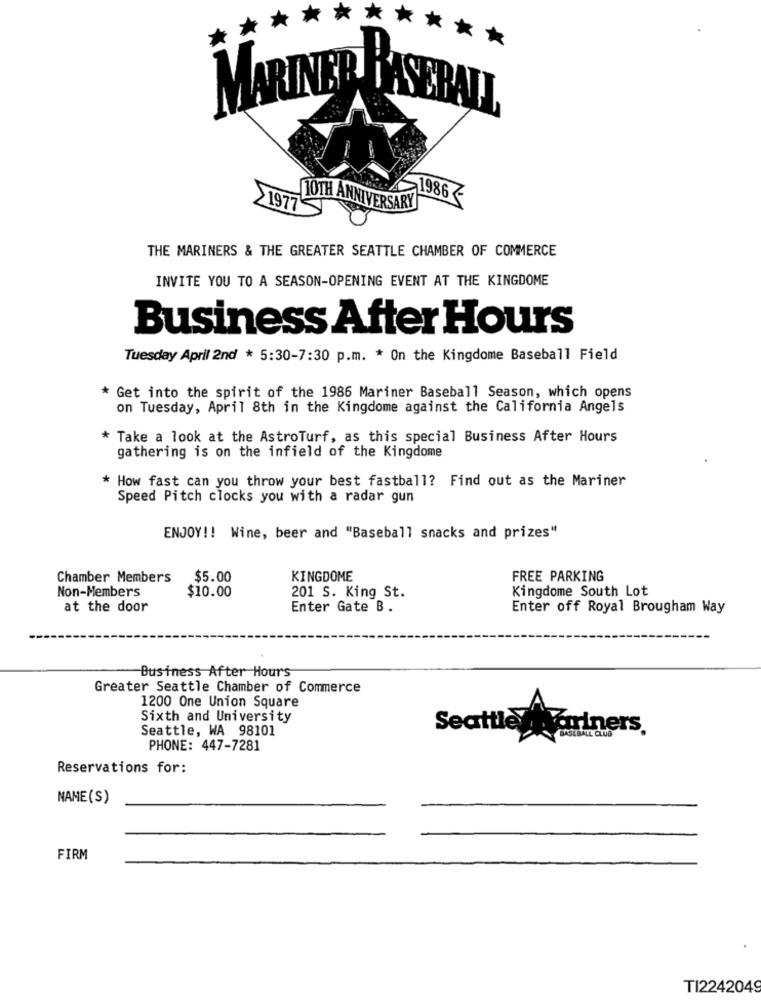
*
*
MARINER FASERALL
1986
1977
10TH ANNIVERSARY
THE MARINERS & THE GREATER SEATTLE CHAMBER OF COMMERCE
INVITE YOU TO A SEASON-OPENING EVENT AT THE KINGDOME
Business After Hours
Tuesday April 2nd * 5:30-7:30 p.m. * On the Kingdome Baseball Field
* Get into the spirit of the 1986 Mariner Baseball Season, which opens
on Tuesday, April 8th in the Kingdome against the California Angels
* Take a look at the AstroTurf, as this special Business After Hours
gathering is on the infield of the Kingdome
* How fast can you throw your best fastball? Find out as the Mariner
Speed Pitch clocks you with a radar gun
ENJOY !! Wine, beer and "Baseball snacks and prizes"
Chamber Members
$5.00
KINGDOME
FREE PARKING
Non-Members
$10.00
201 S. King St.
Kingdome South Lot
at the door
Enter Gate B.
Enter off Royal Brougham Way
Business After Hours
Greater Seattle Chamber of Commerce
1200 One Union Square
Sixth and University
Seattle, WA 98101
Seattle variners.
PHONE: 447-7281
Reservations for:
NAME(S)
FIRM
TI2242049